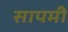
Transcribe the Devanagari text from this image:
सापमी